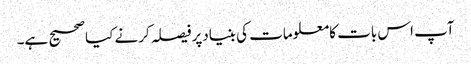
آپ اس بات کامعلومات کی بنیادپرفیصلہ کرنے کیاصحیح ہے۔